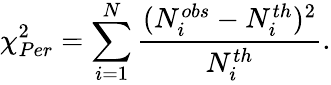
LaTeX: \chi_{Per}^{2}=\sum_{i=1}^{N}\frac{(N_{i}^{obs}-N_{i}^{th})^{2}}{N_{i}^{th}}.